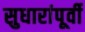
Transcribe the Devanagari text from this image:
सुधारांपूर्वी